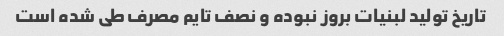
تاریخ تولید لبنیات بروز نبوده و نصف تایم مصرف طی شده است